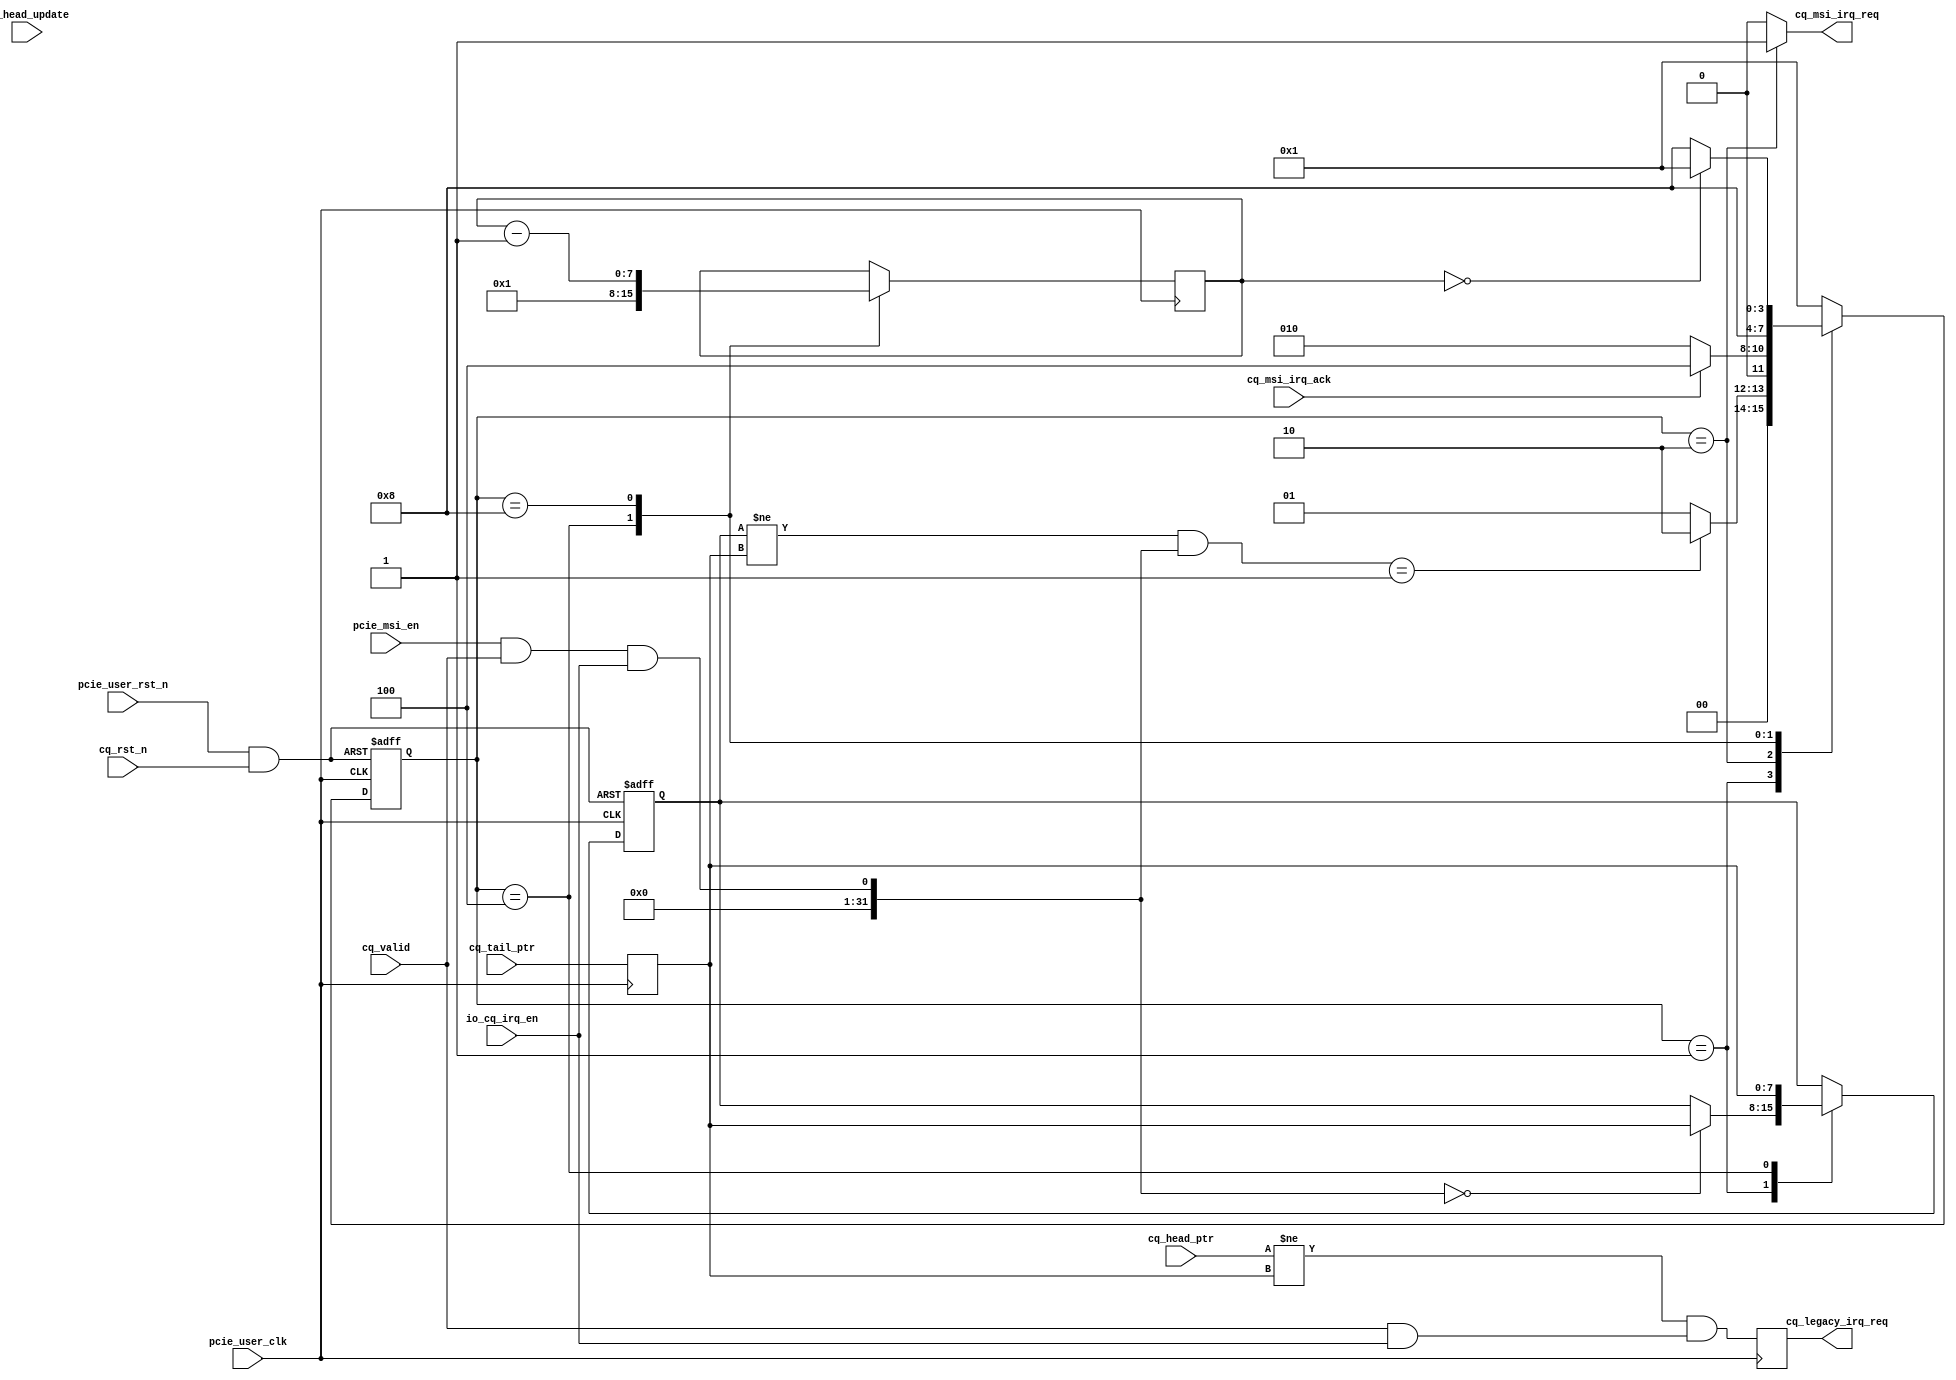
module nvme_cq_check # (
	parameter	C_PCIE_DATA_WIDTH			= 128,
	parameter	C_PCIE_ADDR_WIDTH			= 36
)
(
	input									pcie_user_clk,
	input									pcie_user_rst_n,

	input									pcie_msi_en,

	input									cq_rst_n,
	input									cq_valid,
	input									io_cq_irq_en,
	
	input	[7:0]							cq_tail_ptr,
	input	[7:0]							cq_head_ptr,
	input									cq_head_update,

	output									cq_legacy_irq_req,
	output									cq_msi_irq_req,
	input									cq_msi_irq_ack
	
);

localparam	LP_CQ_IRQ_DELAY_TIME			= 8'h01;


localparam	S_IDLE							= 4'b0001;
localparam	S_CQ_MSI_IRQ_REQ				= 4'b0010;
localparam	S_CQ_MSI_HEAD_SET				= 4'b0100;
localparam	S_CQ_MSI_IRQ_TIMER				= 4'b1000;

reg		[3:0]								cur_state;
reg		[3:0]								next_state;

reg		[7:0]								r_cq_tail_ptr;
reg		[7:0]								r_cq_msi_irq_head_ptr;
reg		[7:0]								r_irq_timer;
reg											r_cq_legacy_irq_req;
reg											r_cq_msi_irq_req;

wire										w_cq_rst_n;

assign cq_legacy_irq_req = r_cq_legacy_irq_req;
assign cq_msi_irq_req = r_cq_msi_irq_req;

assign w_cq_rst_n = pcie_user_rst_n & cq_rst_n;

always @ (posedge pcie_user_clk)
begin
	r_cq_tail_ptr <= cq_tail_ptr;
	r_cq_legacy_irq_req <= ((cq_head_ptr != r_cq_tail_ptr) && ((cq_valid & io_cq_irq_en) == 1));
end

always @ (posedge pcie_user_clk or negedge w_cq_rst_n)
begin
	if(w_cq_rst_n == 0)
		cur_state <= S_IDLE;
	else
		cur_state <= next_state;
end

always @ (*)
begin
	case(cur_state)
		S_IDLE: begin
			if(((r_cq_msi_irq_head_ptr != r_cq_tail_ptr) & (pcie_msi_en & cq_valid & io_cq_irq_en)) == 1)
				next_state <= S_CQ_MSI_IRQ_REQ;
			else
				next_state <= S_IDLE;
		end
		S_CQ_MSI_IRQ_REQ: begin
			if(cq_msi_irq_ack == 1)
				next_state <= S_CQ_MSI_HEAD_SET;
			else
				next_state <= S_CQ_MSI_IRQ_REQ;
		end
		S_CQ_MSI_HEAD_SET: begin
/*
			if(cq_head_update == 1 || (cq_head_ptr == r_cq_tail_ptr))
				next_state <= S_CQ_MSI_IRQ_TIMER;
			else
				next_state <= S_CQ_MSI_HEAD_SET;
*/
			next_state <= S_CQ_MSI_IRQ_TIMER;
		end
		S_CQ_MSI_IRQ_TIMER: begin
			if(r_irq_timer == 0)
				next_state <= S_IDLE;
			else
				next_state <= S_CQ_MSI_IRQ_TIMER;
		end
		default: begin
			next_state <= S_IDLE;
		end
	endcase
end


always @ (posedge pcie_user_clk)
begin
	case(cur_state)
		S_IDLE: begin

		end
		S_CQ_MSI_IRQ_REQ: begin

		end
		S_CQ_MSI_HEAD_SET: begin
			r_irq_timer <= LP_CQ_IRQ_DELAY_TIME;
		end
		S_CQ_MSI_IRQ_TIMER: begin
			r_irq_timer <= r_irq_timer - 1;
		end
		default: begin

		end
	endcase
end

always @ (posedge pcie_user_clk or negedge w_cq_rst_n)
begin
	if(w_cq_rst_n == 0) begin
		r_cq_msi_irq_head_ptr <= 0;
	end
	else begin
		case(cur_state)
			S_IDLE: begin
				if((pcie_msi_en & cq_valid & io_cq_irq_en) == 0)
					r_cq_msi_irq_head_ptr <= r_cq_tail_ptr;
			end
			S_CQ_MSI_IRQ_REQ: begin

			end
			S_CQ_MSI_HEAD_SET: begin
				r_cq_msi_irq_head_ptr <= r_cq_tail_ptr;
			end
			S_CQ_MSI_IRQ_TIMER: begin

			end
			default: begin

			end
		endcase
	end


end

always @ (*)
begin
	case(cur_state)
		S_IDLE: begin
			r_cq_msi_irq_req <= 0;
		end
		S_CQ_MSI_IRQ_REQ: begin
			r_cq_msi_irq_req <= 1;
		end
		S_CQ_MSI_HEAD_SET: begin
			r_cq_msi_irq_req <= 0;
		end
		S_CQ_MSI_IRQ_TIMER: begin
			r_cq_msi_irq_req <= 0;
		end
		default: begin
			r_cq_msi_irq_req <= 0;
		end
	endcase
end


endmodule